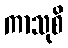
ကာသုစိ